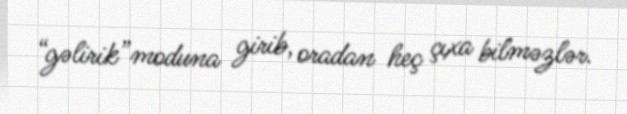
“gəlirik”moduna girib, oradan heç çıxa bilməzlər.